Annual report of the Bengal Veterinary College and of the Civil Veterinary Department, Bengal, for the year 1899-1900 - 1899-1900
Year: 1899
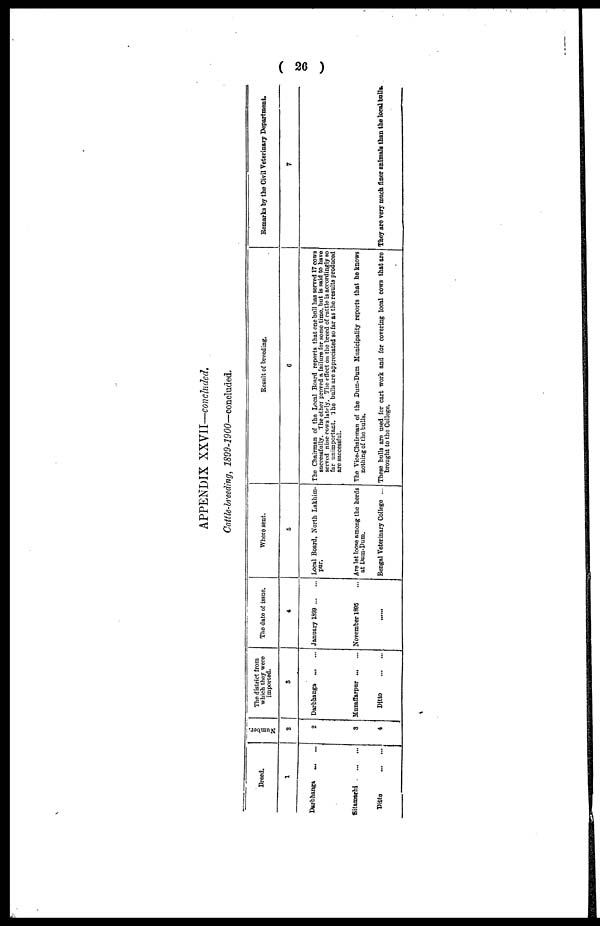
( 26 )
APPENDIX XXVII—concluded.
Cattle-breeding, 1899-1900—concluded,
Breed.
1
Darbhanga ... ...
Sitamarhi ... ...
Ditto ... ...
Number.
2
2
3
4
The district from
which they were
imported.
3
Darbhanga ... ...
Muzaffarpur ... ...
Ditto ... ...
The date of issue.
4
January 1899 ... ...
November 1895 ...
......
Where sent.
5
Local Board, North Lakhim-
pur.
Are let loose among the herds
at Dum-Dum.
Bengal Veterinary College ...
Result of breeding.
6
The Chairman of the Local Board reports that one bull has served 17 cows
successfully. The other proved a failure for some time, but is said to have
served nine cows lately. The effect on the breed of cattle is accordingly so
far unimportant. The bulls are appreciated so far as the results produced
are successful.
The Vice-chairman of the Dum-Dum Municipality reports that he knows
nothing of the bulls.
These bulls are used for cart work and for covering local cows that are
brought to the College.
Remarks by the Civil Veterinary Department.
7
They are very much finer animals than the local bulls.